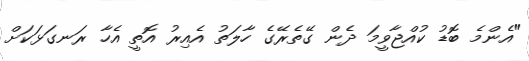
"އެންމެ ބޮޑު ކުއްޖާވީމަ ދެން ގޭތެރޭގެ ހާލަތު އެއިރު އޮތީ އެހާ ރަނގަޅަކަށް